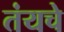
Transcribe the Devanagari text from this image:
तंयचे